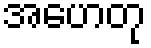
အဟေတု